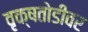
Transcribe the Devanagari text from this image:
वृक्षतोडीवर